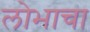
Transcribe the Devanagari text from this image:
लोभाचा